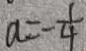
a = - \frac { 1 } { 4 }